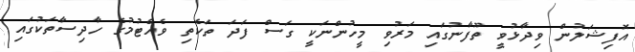
އޮފިޝަލުން ވިދާޅުވީ ތޫފާނުގައި މަރުވި މީހުންނަކީ ގަސް ފަދަ ތަކެތި ވެއްޓުމުގެ ހާދިސާތަކުގައި